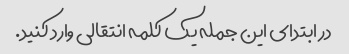
در ابتدای این جمله یک کلمه انتقالی وارد کنید.